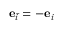
\mathbf { e } _ { \bar { i } } = - \mathbf { e } _ { i }